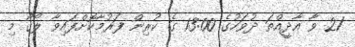
21 ވާ އާދީއްތަ ދުވަހުގެ 13:00 ގެ ކުރިން ފަރުމާކޮށްފައިވާ ލޯގޯ މި